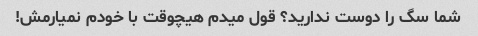
شما سگ را دوست ندارید؟ قول میدم هیچوقت با خودم نمیارمش!